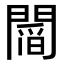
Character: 𨵻